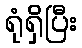
ရုံရှိပြီး